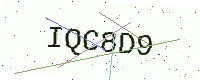
Text: IQC8D9